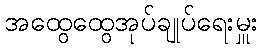
အထွေထွေအုပ်ချုပ်ရေးမှူး